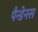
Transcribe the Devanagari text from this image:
पैन्डेनस